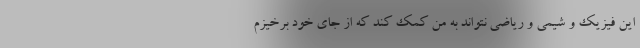
این فیزیک و شیمی و ریاضی نتواند به من کمک کند که از جای خود برخیزم